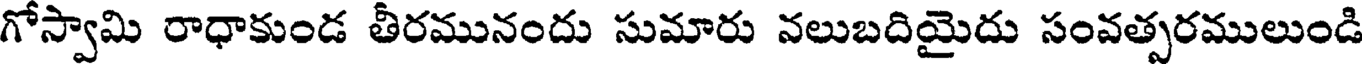
గోస్వామి రాధాకుండ తీరమునందు సుమారు నలుబదియైదు సంవత్సరములుండి